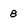
Character: B